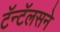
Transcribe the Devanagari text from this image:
टॅन्टॅलसने